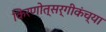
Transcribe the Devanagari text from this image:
किरणोत्सर्गीकंच्या